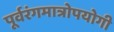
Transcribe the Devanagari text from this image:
पूर्वरंगमात्रोपयोगी